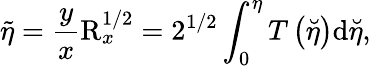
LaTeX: \widetilde{\eta}=\frac{y}{x}\mathrm{R}_{x}^{1/2}=2^{1/2}\int_{0}^{\eta}T\left(\breve{\eta}\right)\mathrm{d}\breve{\eta},